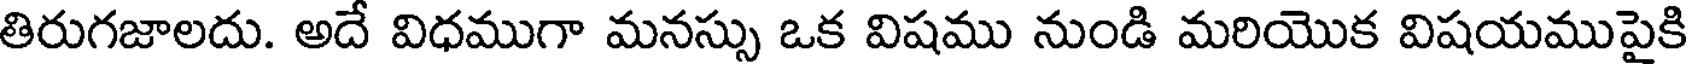
తిరుగజాలదు. అదే విధముగా మనస్సు ఒక విషము నుండి మరియొక విషయముపైకి